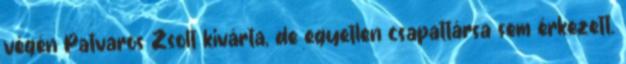
végén Patvaros Zsolt kivárta, de egyetlen csapattársa sem érkezett.